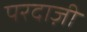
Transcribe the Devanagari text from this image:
परदाज़ी